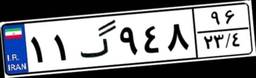
۱۴گ۳۴۲۷۸